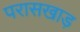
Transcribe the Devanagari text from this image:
परासखाड़